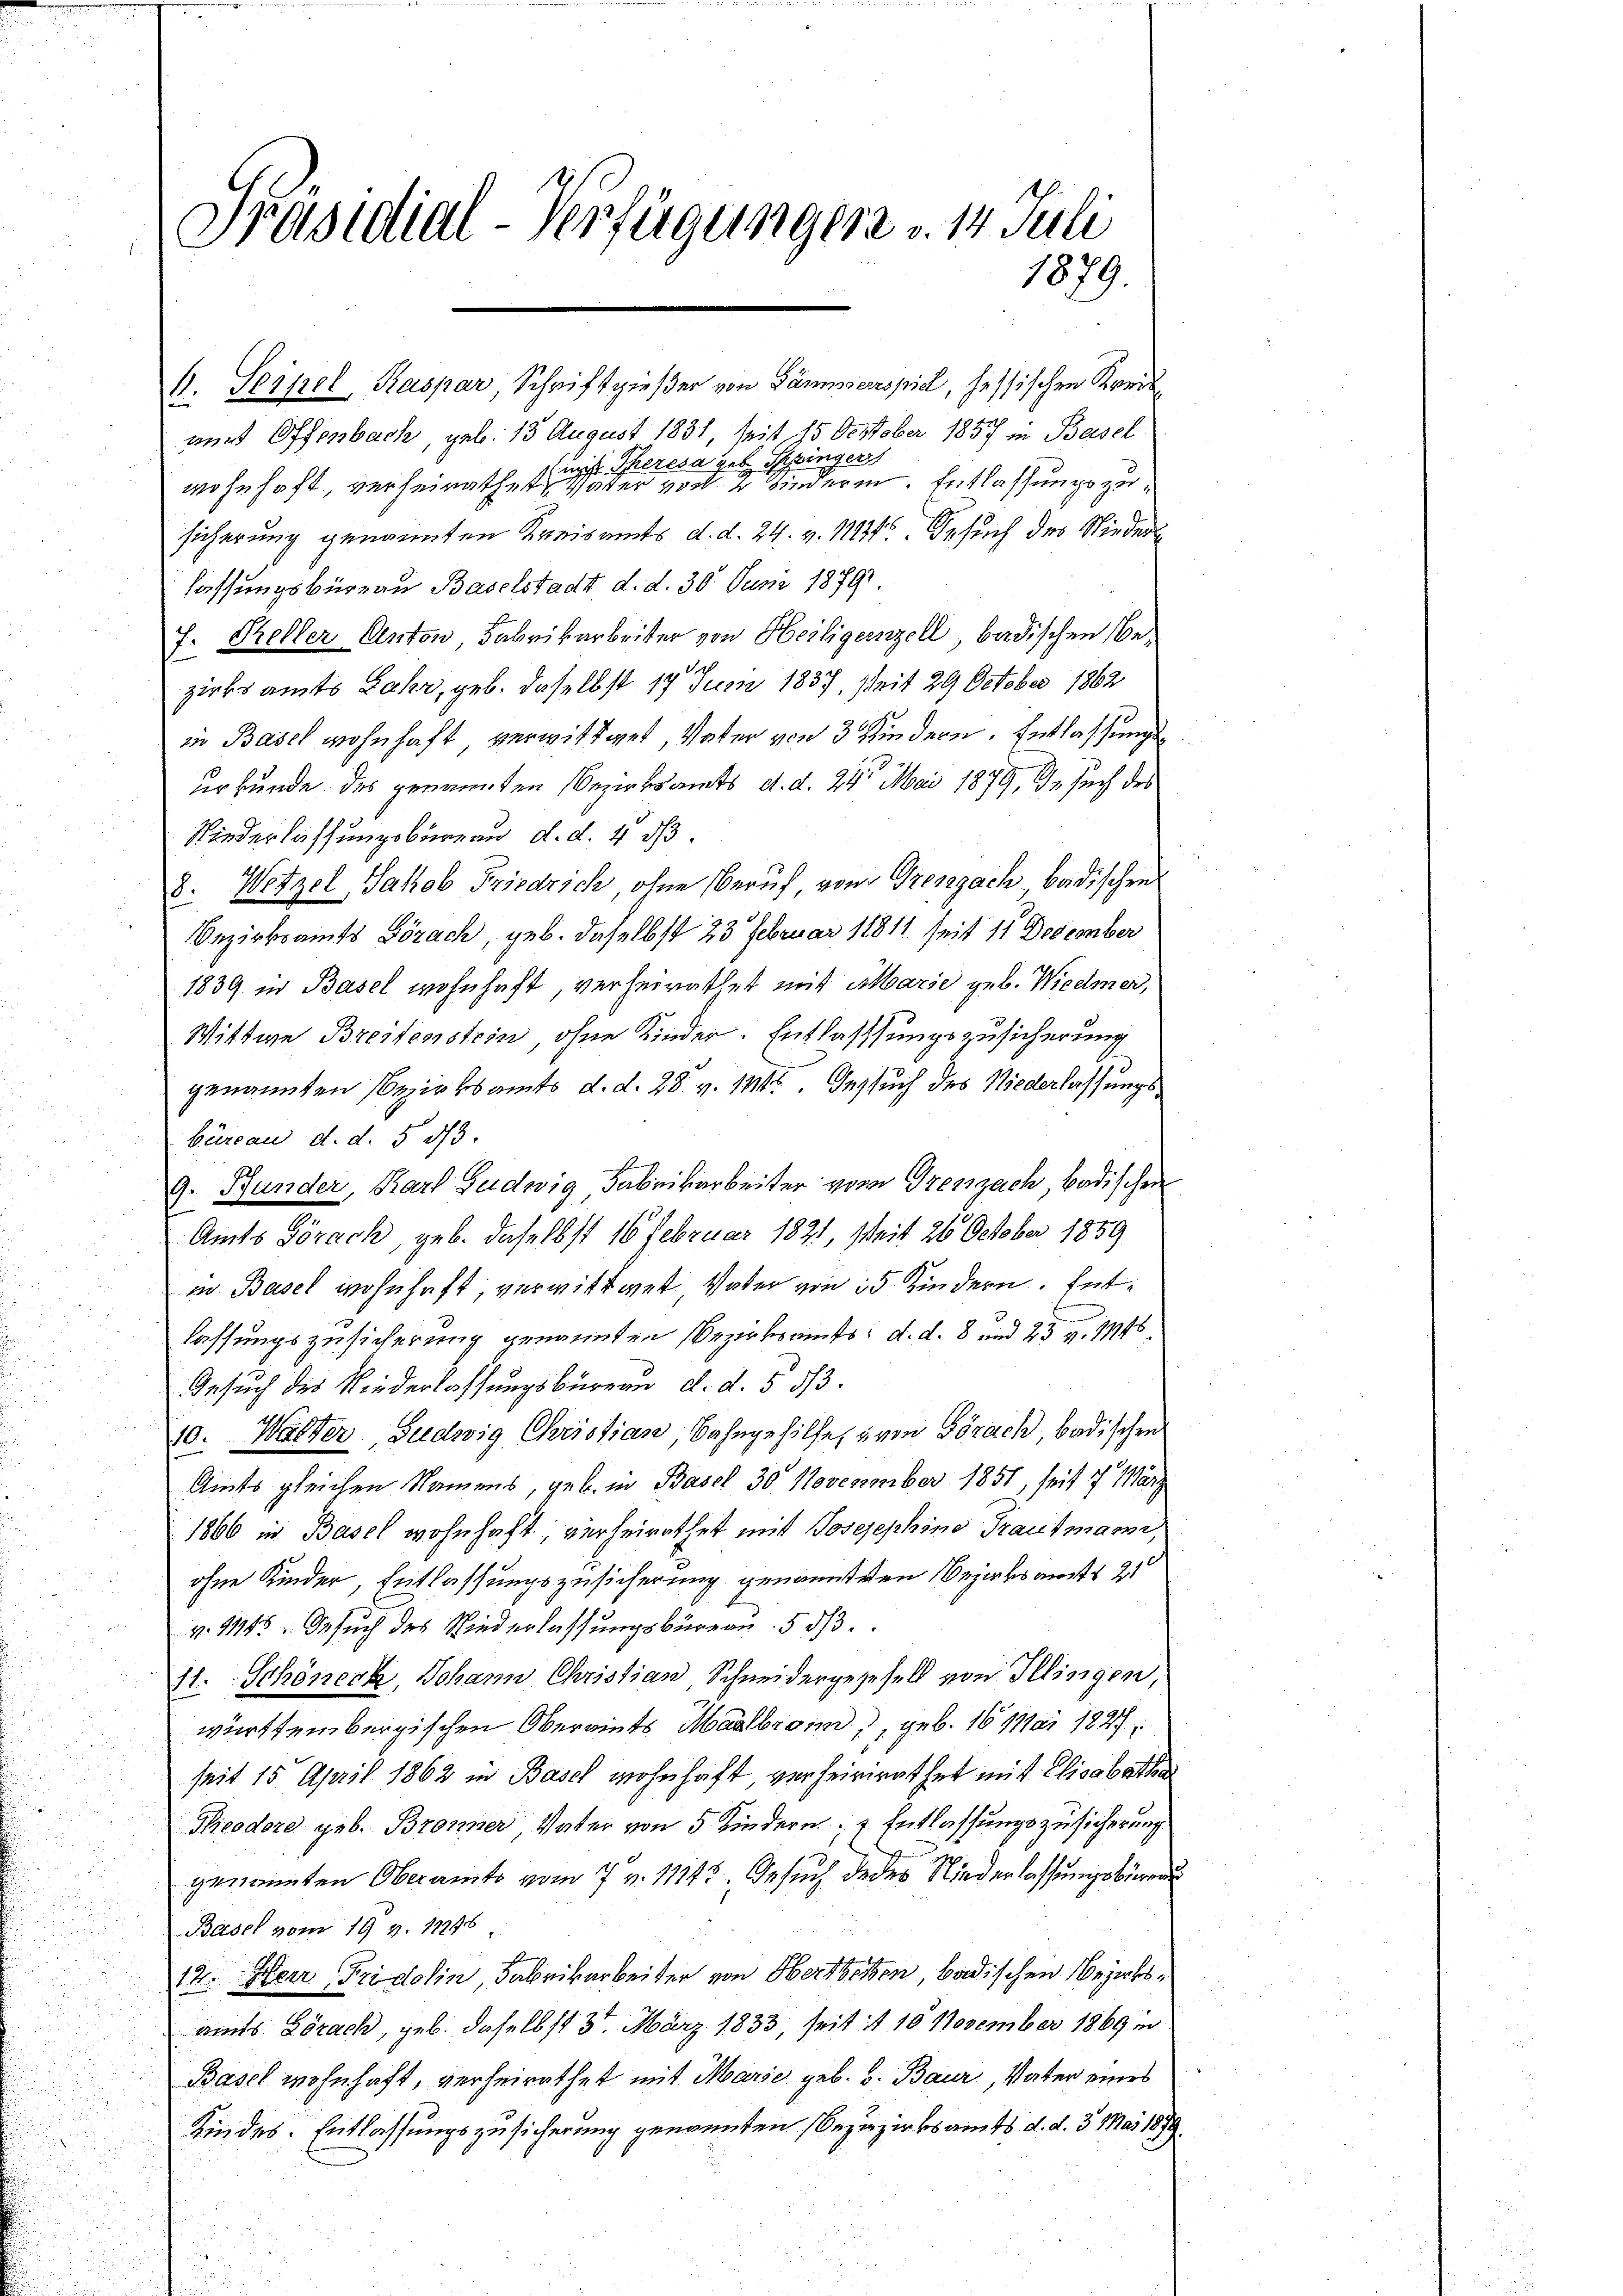
Präsidial-Verfügungen u. 14. Juli
1879.

1. Seipel, Kaspar, Schrift gießer von Dämmerspiel, hessischen Kreis
mirt Offenbach, geb. 13 August 1831, seit 15 October 1857 in Basel
 mit Theresa geb. Spinger
wohnhaft, verheirathet Vater von 2 Kindern. Entlassungszusicherung genannten Kreisamts, d. d. 24. v. 11131. Gesuch des Niederl
lassungsbüreau Baselstadt d. d. 30. Juni 18791.
7. Keller Anton Fabrikarbeiter von Heiligernzell badischen Bezirksamts Jahr, geb. daselbst 17 Juni 1837, Zeit 29 October 1862
in Basel wohnhaft verwittwet, Vater von 3 Kindern. Entlassungsurkunde des genannten Bezirksamts d. d. 24. Mai 1879, 99, such des
Niederlassungsbureau d. d. 4. ds.
8. Wetzel, Jakob Friedrich ohne Beruf, von Grenzzach badischen
Bezirksamts Görach, geb. daselbst 23 Februar 18811 seit 11 December
1839 in Basel wohnhaft, verheirathet mit Marie geb. Wiedmer,
Wittwe Breitenstein, ohne Kinder-Entlassungszusicherung
genannten Bezirksamts d. d. 28. v. 1145. Gesuch des Niederlassungsbüreau d. d. 5 1/3.
9. Bander, Karl Gudwig, Fabrikarbeiter vom Grenzach, badischen
Amts Görach, geb. daselbst 16 Februar 1821, seit 26 October 1859
in Basel wohnhaft, verwittwet Vater von 35 Kindern. Entlassungszusicherung genannten Bezirksamts, d. d. 8 und 23 v. 1146.
Gesuch des Niederlassungsbureau d. d. 5 1/3.
10. Walter Gudwig Christian, Bahngehilfe, von Görach, badischen
Amts gleichen Namens, geb. in Basel 30. Novezember 1851, seit 7 Marz
1866 in Basel wohnhaft; verheirathet mit Josejephine Trautmann,
ohne Kinder, Entlassungszusicherung genannten Bezirksamst 21
v. 1445. Besuch des Niederlassungsbüreau. 5 d
11. Schöner, Johann Christian Schneidergegesell von Illingen,
württembergischen Oberamts Maulbronn, geb. 16 Mai 1827;
seit 15 April 1862 in Basel wohnhaft verheiriret hat mit Elisabethen
Nicodore geb. Bronner Vater von 5 Kindern Entlassungszusicherung
genannten Oberamts vom 7. v. 11145. Gesuch dedes Niederlassungsbüren
Basel vom 19 v. 17246
12. Herr Fridolin, Fabrikarbeiter von Herzbetten, badischen Bezirksamts Lörach, geb. daselbst 3. März 1833, seit it 10 November 1869 in
Basel wohnhaft, verheirathet mit Marie geb. v. Baur, Vater eines
Kindes. Entlassungszusicherung genannten Bezirzirksamts d. d. 3. Mai 1879.